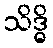
သိဒ္ဓိ